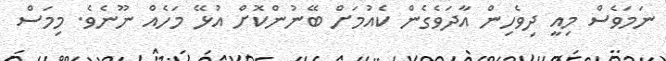
ނަމަވެސް މިއީ ދިވެހިން އާދަވެގެން ކެއުމަށް ބޭނުންކޮށް އުޅޭ މަހެއް ނޫނެވެ. މިމަސް